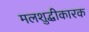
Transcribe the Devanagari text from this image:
मलशुद्धीकारक